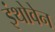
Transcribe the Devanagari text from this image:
इंथोवेन